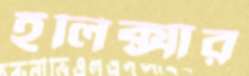
ইলিক্সার